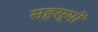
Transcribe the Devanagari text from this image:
सहस्यों